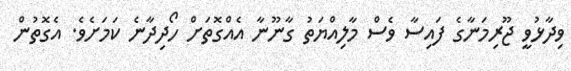
ވިދާޅުވީ ޖޫރިމަނާގެ ފައިސާ ވެސް މާލިއްޔަތު ގާނޫނާ އެއްގޮތަށް ހޯދިދާނެ ކަމަށެވެ. އެގޮތުން